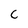
Character: c